Scientific memoirs by medical officers of the Army of India - Part XII,
Year: 1901
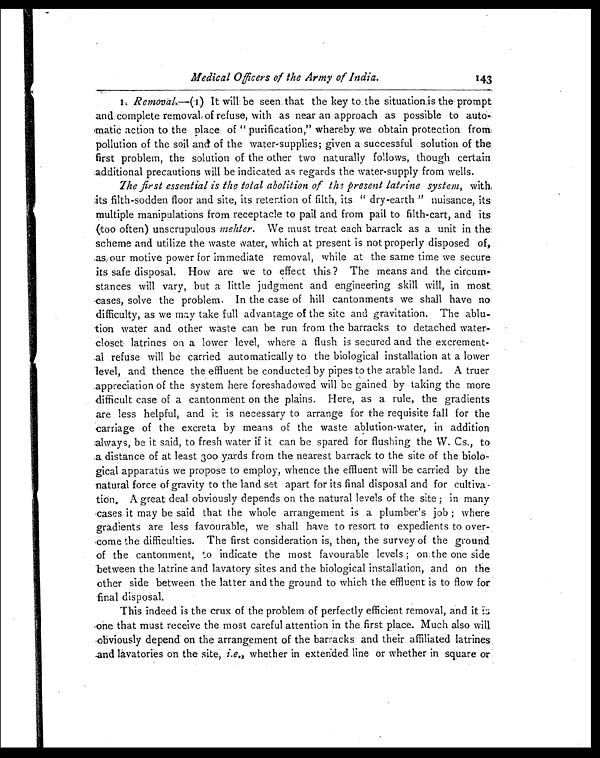
Medical Officers of the Army of India.
1.
Removal.—(1) It will be seen, that the key to the situation is the prompt
and complete removal of refuse, with as near an approach as possible to
a u t o - m a t i c a c t i o n t o t h e p l a c e o f " p u r i f i c a t i o n , " w h e r e b y w e o b t a i n p r o t e c t i o n f r o m
pollution of the soil and of the water-supplies; given a successful solution of the
first problem, the solution of the other two naturally follows, though certain
additional precautions will be indicated as regards the water-supply from wells.
The first essential is the total abolition of the present latrine system, with
its filth-sodden floor and site, its retention of filth, its " dry-earth " nuisance, its
multiple manipulations .from receptacle to pail and from pail to filth-cart, and its
(too often) unscrupulous mehter. We must treat each barrack as a unit in the
scheme and utilize the waste water, which at present is not properly disposed of,
as our motive power for immediate removal, while at the same time we secure
its safe disposal. How are we to effect this ? The means and the circum--
stances will vary, but a little judgment and engineering skill will, in most
cases, solve the problem. In the case of hill cantonments we shall have no
difficulty, as we may take full advantage of the site and gravitation. The ablu-
tion water and other waste can be run from the barracks to detached water
-closet latrines on a lower level, where a flush is secured and the excrement-
al refuse will be carried automatically to the biological installation at a lower
level, and thence the effluent be conducted by pipes to the arable land. A truer
appreciation of the system here foreshadowed will be gained by taking the more
difficult case of a cantonment on the plains. Here, as a rule, the gradients
are less helpful, and it is necessary to arrange for the requisite fall for the
carriage of the excreta by means of the waste ablution-water, in addition
always, be it said, to fresh water if it can be spared for flushing the W. Cs., to
.a distance of at least 300 yards from the nearest barrack to the site of the biolo-
gical apparatus we propose to employ, whence the effluent will be carried by the
natural force of gravity to the land set apart for its final disposal and for cultiva--
tion. A great deal obviously depends on the natural levels of the site; in many
cases it may be said that the whole arrangement is a plumber's job; where
gradients are less favourable, we shall have to resort to expedients to over-
-come the difficulties. The first consideration is, then, the survey of the ground
of the cantonment, to indicate the most favourable levels; on the one side
between the latrine and lavatory sites and the biological installation, and on the
other side between the latter and the ground to which the effluent is to flow for
final disposal.
This indeed is the crux of the problem of perfectly efficient removal, and it
is one that must receive the most careful attention in the first place. Much also will
obviously depend on the arrangement of the barracks and their affiliated latrines
and lavatories on the site, i.e., whether in extended line or whether in square or
143